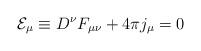
LaTeX: \begin{align*}{\cal E}_\mu\equiv D^\nu F_{\mu\nu} +4\pi j_\mu=0\end{align*}